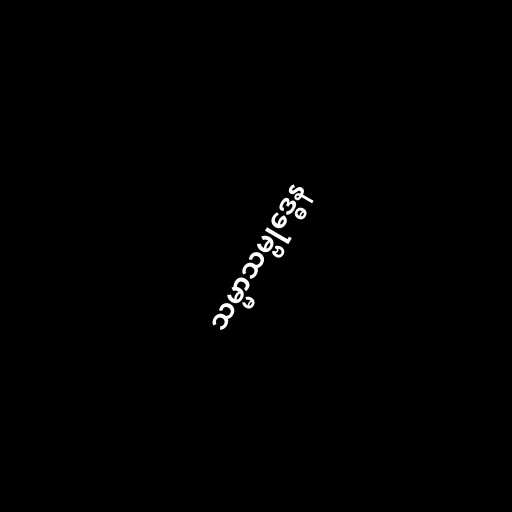
သမ္မာသမ္ဗုဒ္ဓေန